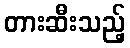
တားဆီးသည့်